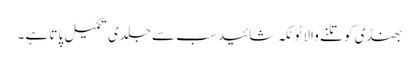
بھنڈی کو تلنے والا ٹوٹکہ شائید سب سے جلدی تکمیل پاتا ہے ۔